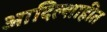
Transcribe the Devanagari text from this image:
आदिल्शाहीत